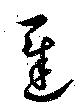
遅